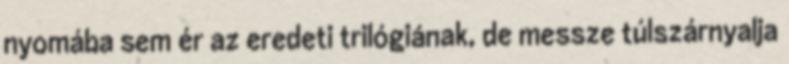
nyomába sem ér az eredeti trilógiának, de messze túlszárnyalja